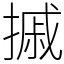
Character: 摵